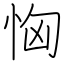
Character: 恟